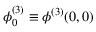
\phi _ { 0 } ^ { ( 3 ) } \equiv \phi ^ { ( 3 ) } ( 0 , 0 )